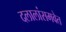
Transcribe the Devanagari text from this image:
दलालांसमवेत